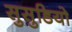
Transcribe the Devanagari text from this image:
सुसुडियो